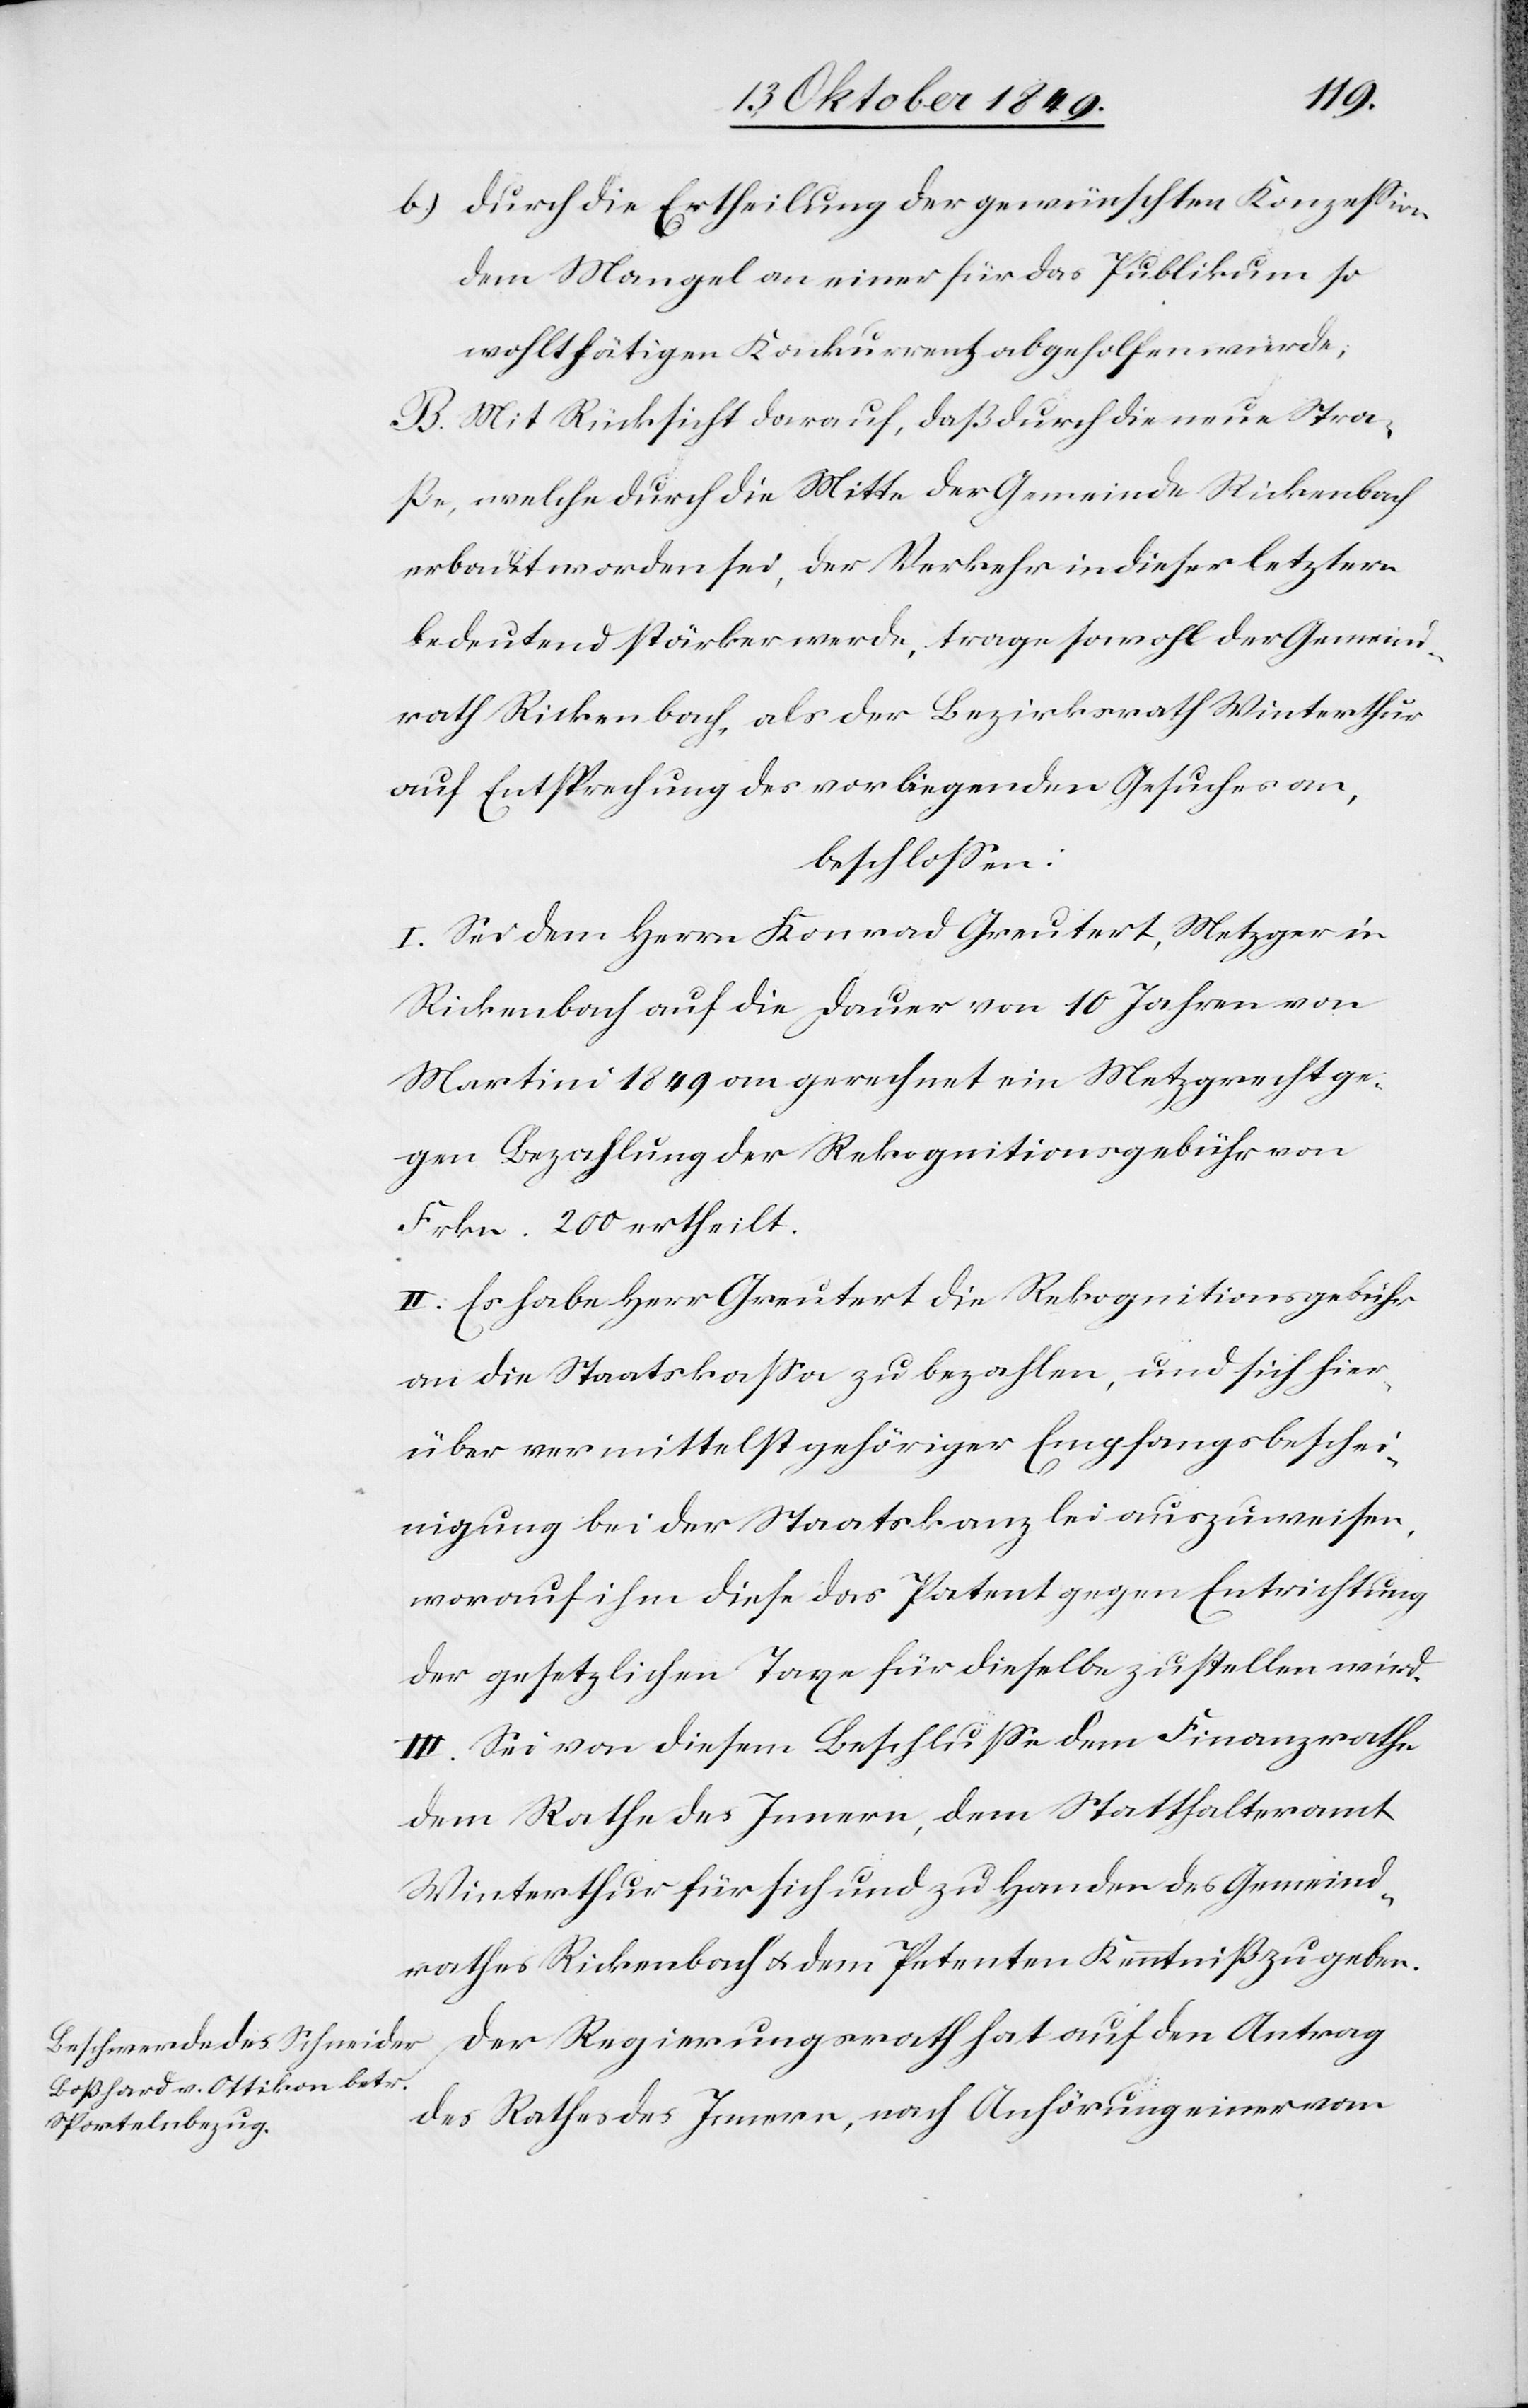
b.) durch die Ertheilung der gewünschten Konzeßion
dem Mangel an einer für das Publikum so
wohlthätigen Konkurrenz abgeholfen würde;
B. Mit Rücksicht darauf, daß durch die neue Stra¬
ße, welche durch die Mitte der Gemeinde Rickenbach
erbaut worden sei, der Verkehr in dieser letztern
bedeutend stärker werde, trage sowohl der Gemeind¬
rath Rickenbach, als der Bezirksrath Winterthur
auf Entsprechung des vorliegenden Gesuches an,
beschloßen:
I. Sei dem Herrn Konrad Greutert, Metzger in
Rickenbach auf die Dauer von 10 Jahren von
Martini 1849 an gerechnet ein Metzgrecht ge¬
gen Bezahlung der Rekognitionsgebühr von
Frkn. 200 ertheilt.
II. Es habe Herr Greutert die Rekognitionsgebühr
an die Staatskaßa zu bezahlen, und sich hier¬
über vermittelst gehöriger Empfangsbeschei¬
nigung bei der Staatskanzlei auszuweisen,
worauf ihm diese das Patent gegen Entrichtung
der gesetzlichen Taxe für dieselbe zustellen wird.
III. Sei von diesem Beschluße dem Finanzrathe
dem Rathe des Innern, dem Statthalteramte
Winterthur für sich und zu Handen des Gemeind¬
rathes Rickenbach u. dem Petenten Kenntniß zu geben.
Der Regierungsrath hat auf den Antrag
des Rathes des Innern, nach Anhörung einer vom